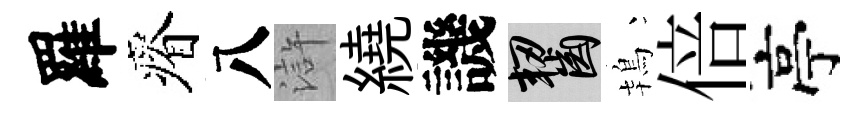
羅瘠八滸繞譏齧鴇倍亭